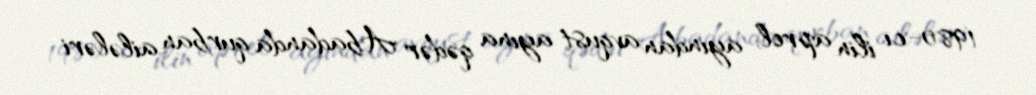
1980-cı ilin aprel ayından avqust ayına qədər Abadanda qurban ailələri